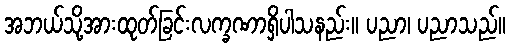
အဘယ်သို့အားထုတ်ခြင်းလက္ခဏာရှိပါသနည်း။ ပညာ၊ ပညာသည်။